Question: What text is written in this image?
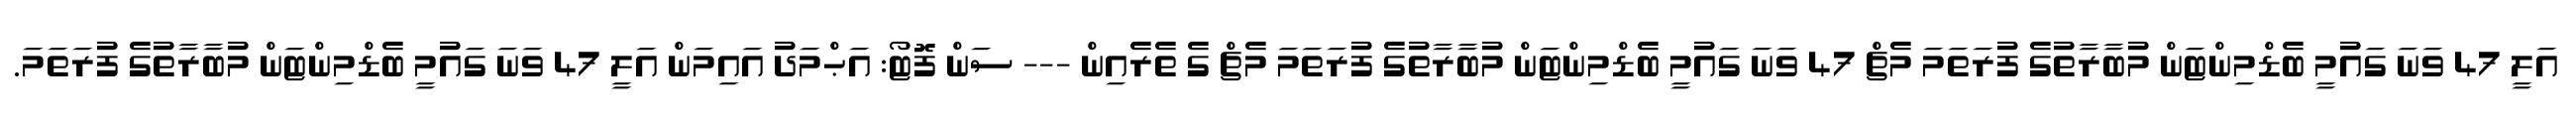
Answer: އަލީ 47 ވަނަ ގައުމީ ބެޑްމިންޓަން މުބާރާތުގެ ފުރަތަމަ މެޗް 47 ވަނަ ގައުމީ ބެޑްމިންޓަން މުބާރާތުގެ ފުރަތަމަ މެޗް ގެ ތެރެއިން --- ސަން ފޮޓޯ: އަޙްމަދު އައިމަން އަލީ 47 ވަނަ ގައުމީ ބެޑްމިންޓަން މުބާރާތުގެ ފުރަތަމަ.